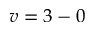
v = 3 - 0